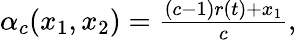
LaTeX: \begin{array}{r}{\alpha_{c}(x_{1},x_{2})=\frac{(c-1)r(t)+x_{1}}{c},}\end{array}